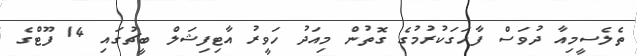
ތެލެސީމިއާ ދުވަސް ފާހަގަކުރުމުގެ ގޮތުން މިއަދު ހަވީރު އާޓިފިޝަލް ބީޗުގައި 14 ފޫޓްގެ